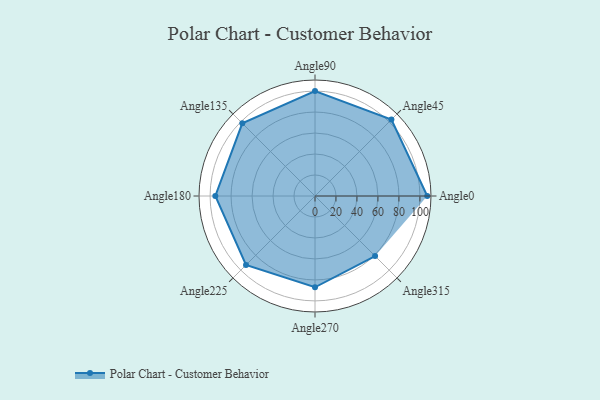
{"axis": {"x": "Angle", "y": "Radius"}, "legend": [""], "data": [{"x": "Angle0", "y": 107.0, "type": ""}, {"x": "Angle45", "y": 103.0, "type": ""}, {"x": "Angle90", "y": 100.0, "type": ""}, {"x": "Angle135", "y": 98.0, "type": ""}, {"x": "Angle180", "y": 95.0, "type": ""}, {"x": "Angle225", "y": 93.0, "type": ""}, {"x": "Angle270", "y": 87.0, "type": ""}, {"x": "Angle315", "y": 81.0, "type": ""}]}